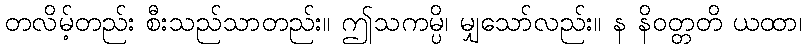
တလိမ့်တည်း စီးသည်သာတည်း။ ဤသကမ္ပိ၊ မျှသော်လည်း။ န နိဝတ္တတိ ယထာ၊